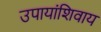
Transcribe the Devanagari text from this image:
उपायांशिवाय